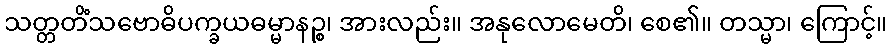
သတ္တတိံသဗောဓိပက္ခယဓမ္မာနဉ္စ၊ အားလည်း။ အနုလောမေတိ၊ စေ၏။ တသ္မာ၊ ကြောင့်။